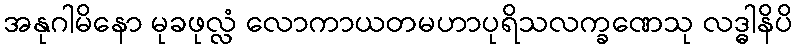
အနုဂါမိနော မုခဖုလ္လံ လောကာယတမဟာပုရိသလက္ခဏေသု လဒ္ဓါနိပိ